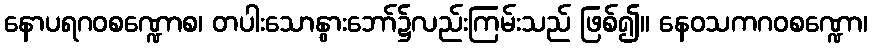
နောပရဂဝစဏ္ဍောစ၊ တပါးသောနွားဘော်၌လည်းကြမ်းသည် ဖြစ်၍။ နေဝသကဂဝစဏ္ဍော၊